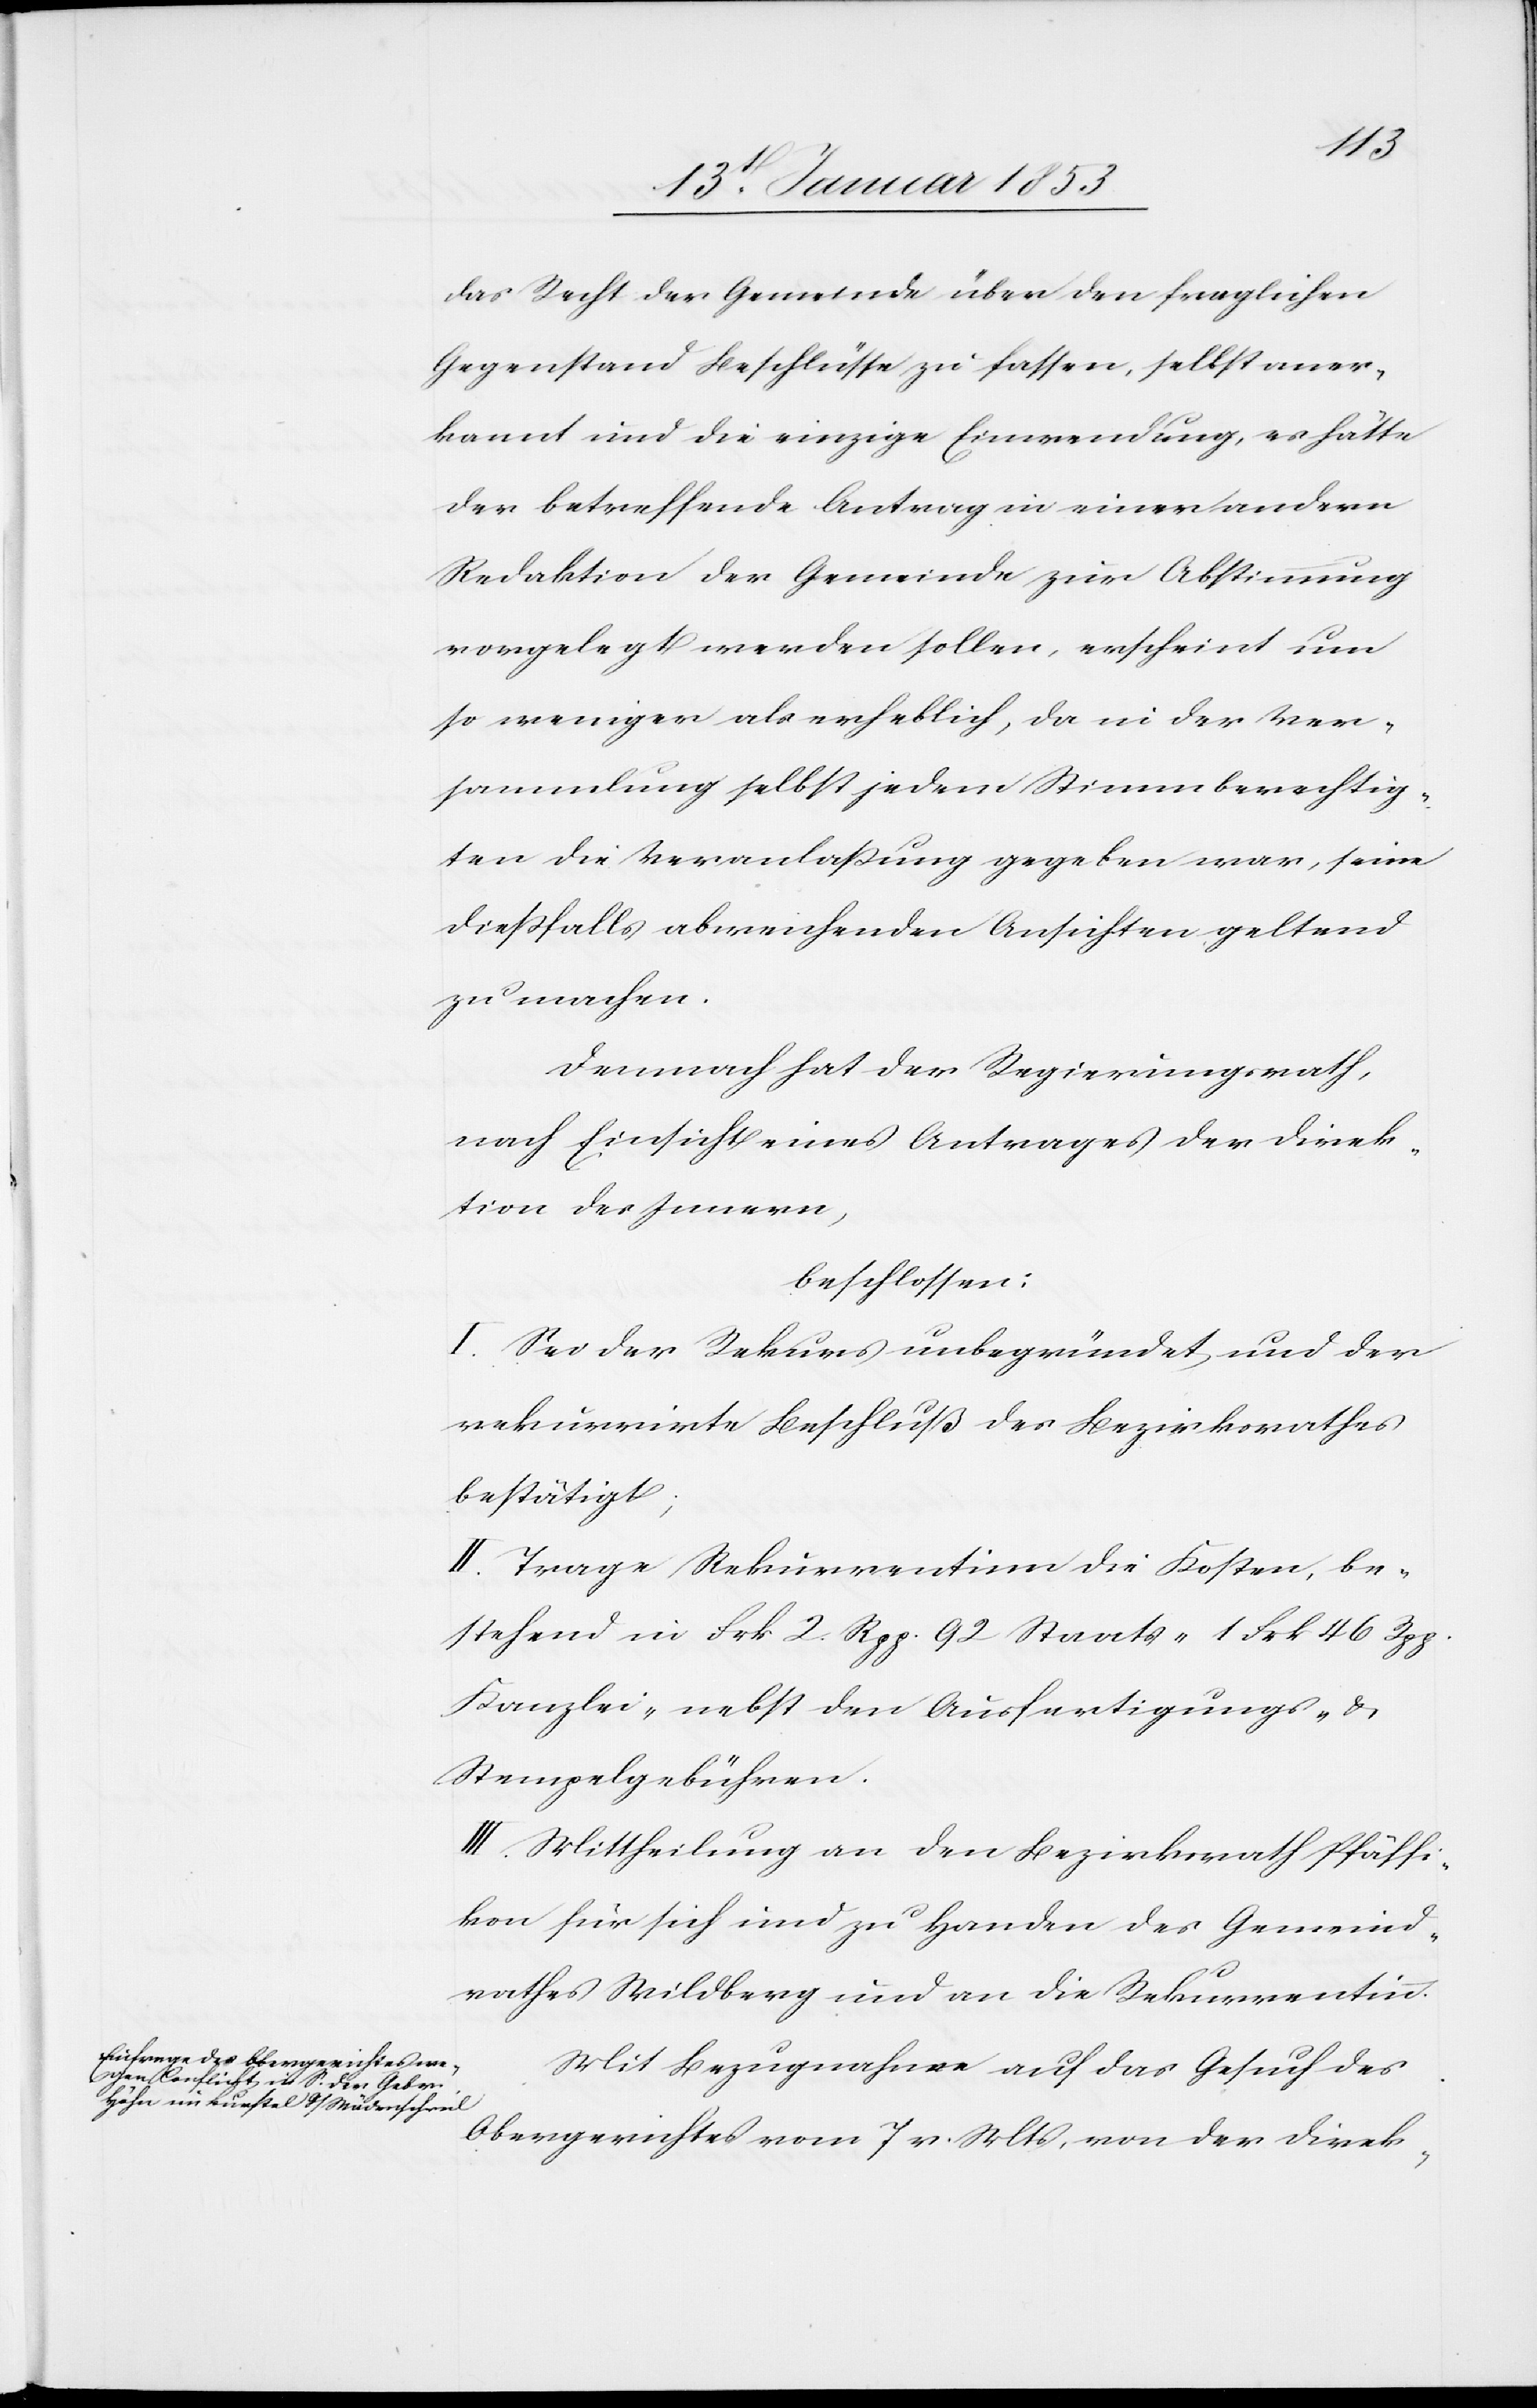
tion
das Recht der Gemeinde über den fraglichen
Gegenstand Beschlüsse zu fassen, selbst aner¬
kannt und die einzige Einwendung, es hätte
der betreffende Antrag in einer andern
Redaktion der Gemeinde zur Abstimmung
vorgelegt werden sollen, erscheint um
so weniger als erheblich, da in der Ver¬
sammlung selbst jedem Stimmberechtig¬
ten die Veranlaßung gegeben war, seine
dießfalls abweichenden Ansichten geltend
zu machen.
Demnach hat der Regierungsrath,
nach Einsicht eines Antrages der Direk¬
beschlossen:
I. Sei der Rekurs unbegründet und der
rekurrirte Beschluß des Bezirksrathes
bestätigt;
II. Trage Rekurrentinn die Kosten, be¬
stehend in Frk 2. Rpp 92 Staats- 1 Frk 46 Rpp.
Kanzlei- nebst den Ausfertigungs- u.
Stempelgebühren.
III. Mittheilung an den Bezirksrath Pfäffi¬
kon für sich und zu Handen des Gemeind¬
rathes Wildberg und an die Rekurrentinn.
Mit Bezugnahme auf das Gesuch des
Obergerichtes vom 7 d. Mts., von der Direk-